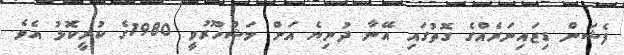
ފެޝަން ޑިޒައިނަރެއްގެ ގޮތުގައި އޭނާ ދުނިޔެ އަށް މަޝްހޫރުވީ 1980ގެ ކުރީކޮޅު އެވެ.